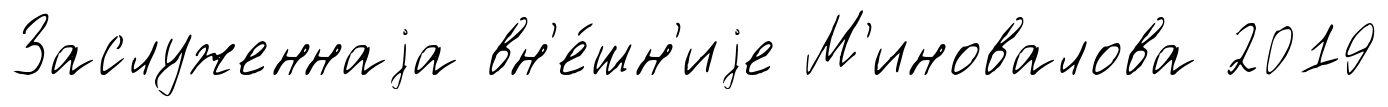
Заслуженнаjа вн'е́шн'иjе М'иновалова 2019